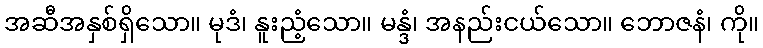
အဆီအနှစ်ရှိသော။ မုဒံ၊ နူးညံ့သော။ မန္ဒံ၊ အနည်းငယ်သော။ ဘောဇနံ၊ ကို။